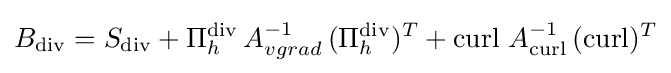
B_{\operatorname {div} }=S_{\operatorname {div} }+\Pi _{h}^{\operatorname {div} }\,A_{vgrad}^{-1}\,(\Pi _{h}^{\operatorname {div} })^{T}+\operatorname {curl} \,A_{\operatorname {curl} }^{-1}\,(\operatorname {curl} )^{T}